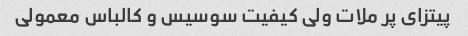
پیتزاى پر ملات ولى کیفیت سوسیس و کالباس معمولى